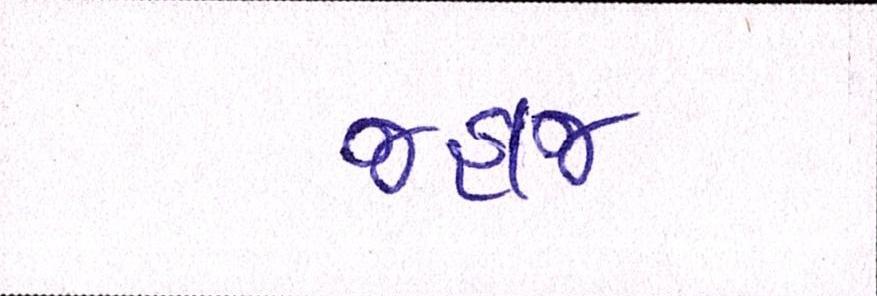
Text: જહાજ